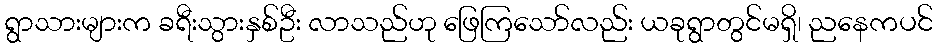
ရွာသားများက ခရီးသွားနှစ်ဦး လာသည်ဟု ဖြေကြသော်လည်း ယခုရွာတွင်မရှိ၊ ညနေကပင်